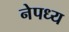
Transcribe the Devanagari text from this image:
नेपध्य